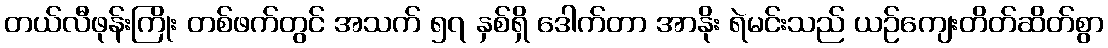
တယ်လီဖုန်းကြိုး တစ်ဖက်တွင် အသက် ၅၇ နှစ်ရှိ ဒေါက်တာ အာနိုး ရဲမင်းသည် ယဉ်ကျေးတိတ်ဆိတ်စွာ